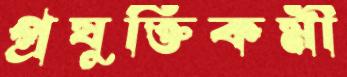
প্রযুক্তিকর্মী